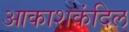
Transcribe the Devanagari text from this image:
आकाशकंदिल